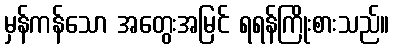
မှန်ကန်သော အတွေးအမြင် ရရန်ကြိုးစားသည်။